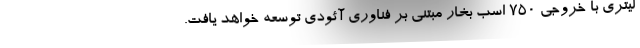
لیتری با خروجی 750 اسب بخار مبتنی بر فناوری آئودی توسعه خواهد یافت.